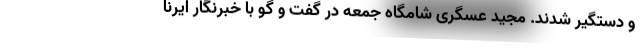
و دستگیر شدند. مجید عسگری شامگاه جمعه در گفت و گو با خبرنگار ایرنا